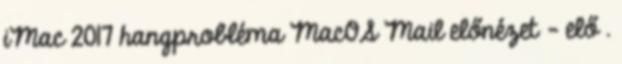
iMac 2017 hangprobléma MacOS Mail előnézet - elő .